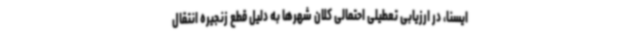
ایسنا، در ارزیابی تعطیلی احتمالی کلان شهرها به دلیل قطع زنجیره انتقال